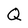
Character: Q